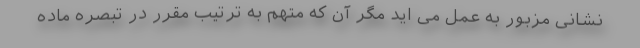
نشانی مزبور به عمل می اید مگر آن که متهم به ترتیب مقرر در تبصره ماده